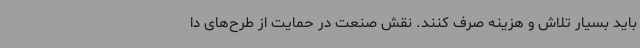
باید بسیار تلاش و هزینه صرف کنند. نقش صنعت در حمایت از طرح‌های دا